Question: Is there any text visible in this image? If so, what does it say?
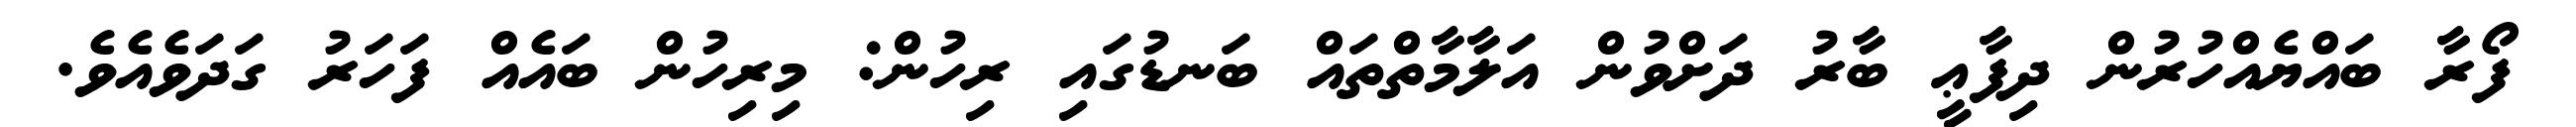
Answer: ފޯރާ ބައްޔެއްހުރުން ދިފާޢީ ބާރު ދަށްވުން އަލާމާތްތައް ބަނޑުގައި ރިހުން: މިރިހުން ބައެއް ފަހަރު ގަދަވެއެވެ.